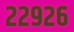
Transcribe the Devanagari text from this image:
२२९२६